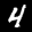
Label: 4